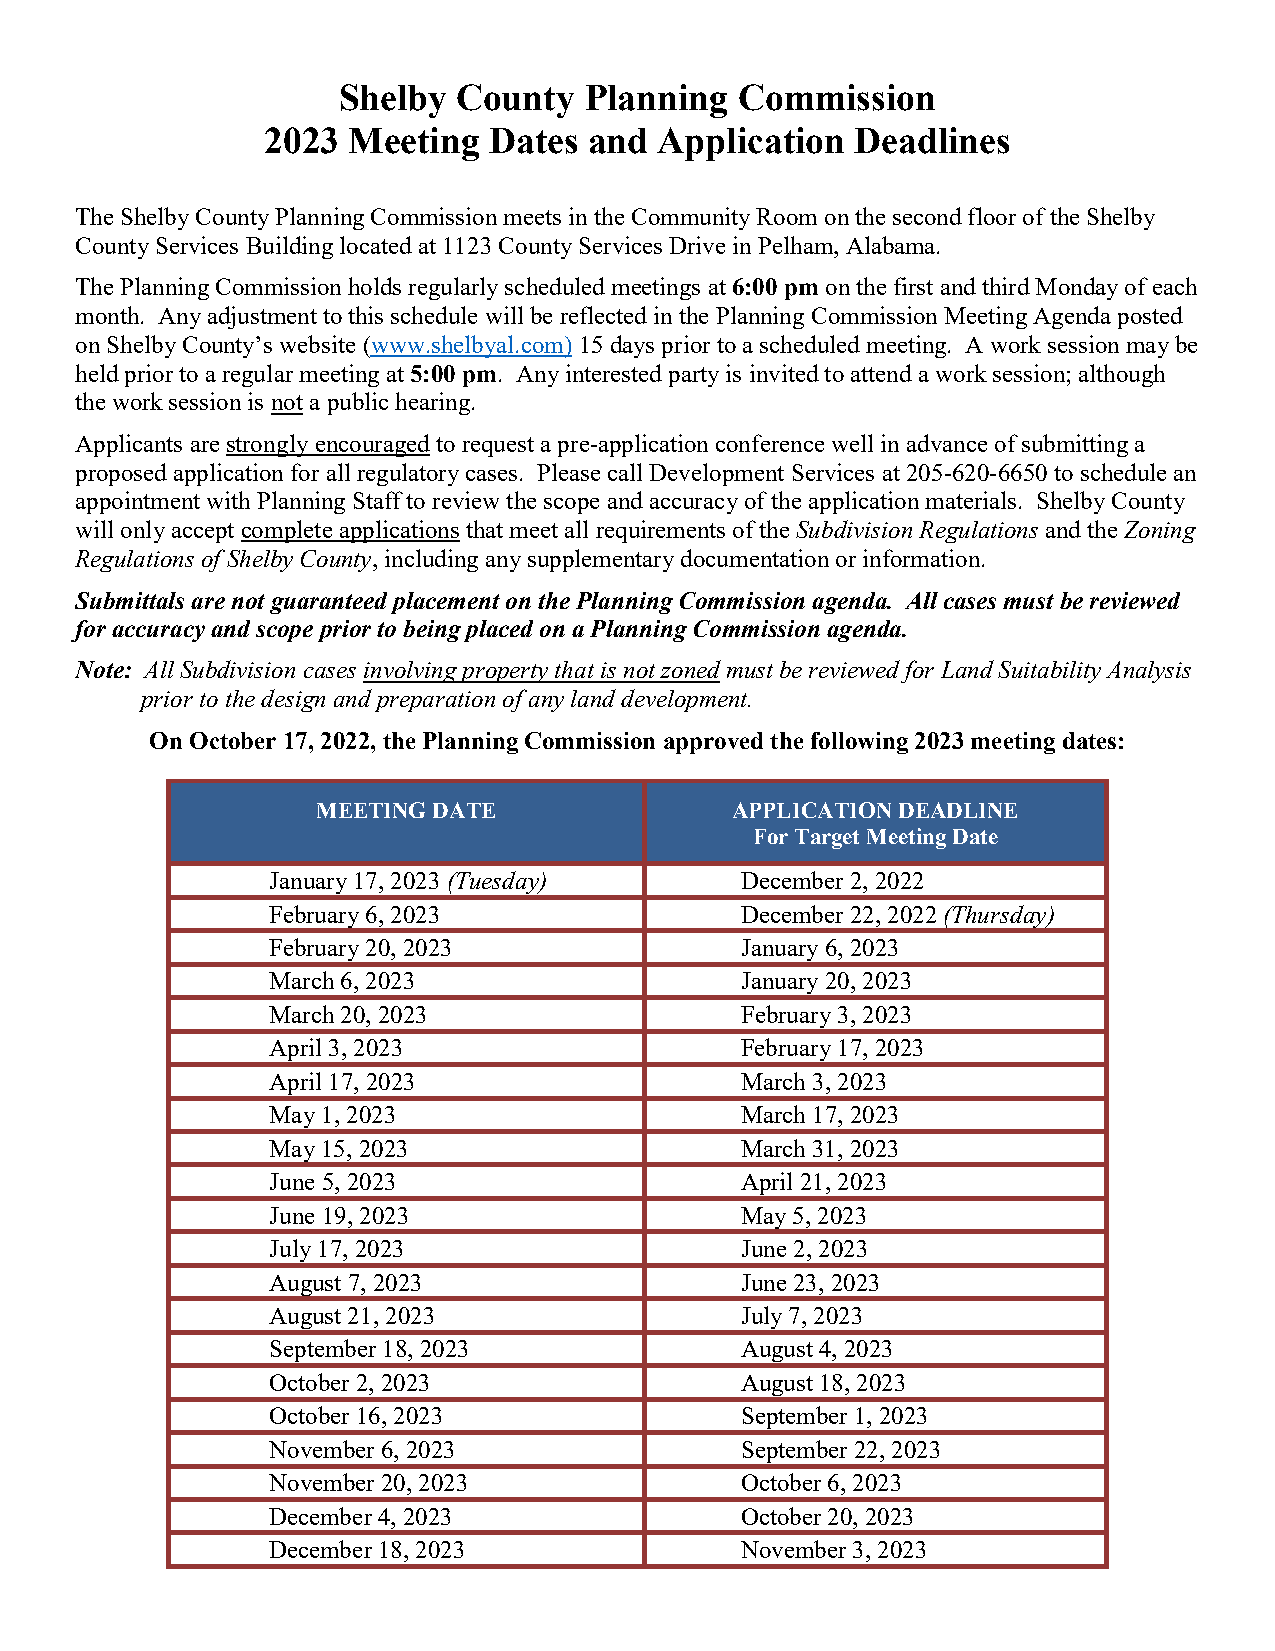
Shelby  County   Planning  Commission
 2023  Meeting  Dates  and  Application  Deadlines
 The Shelby County Planning Commission meets in the Community Room on the second floor of the Shelby
 County Services Building located at 1123 County Services Drive in Pelham, Alabama.
 The Planning Commission holds regularly scheduled meetings at 6:00 pm on the first and third Monday of each
 month. Any adjustment to this schedule will be reflected in the Planning Commission Meeting Agenda posted
 on Shelby County’s website (www.shelbyal.com) 15 days prior to a scheduled meeting. A work session may be
 held prior to a regular meeting at 5:00 pm. Any interested party is invited to attend a work session; although
 the work session is not a public hearing.
 Applicants are strongly encouraged to request a pre-application conference well in advance of submitting a
 proposed application for all regulatory cases. Please call Development Services at 205-620-6650 to schedule an
 appointment with Planning Staff to review the scope and accuracy of the application materials. Shelby County
 will only accept complete applications that meet all requirements of the Subdivision Regulations and the Zoning
 Regulations of Shelby County, including any supplementary documentation or information.
 Submittals are not guaranteed placement on the Planning Commission agenda. All cases must be reviewed
 for accuracy and scope prior to being placed on a Planning Commission agenda.
 Note: All Subdivision cases involving property that is not zoned must be reviewed for Land Suitability Analysis
 prior to the design and preparation of any land development.
 On October 17, 2022, the Planning Commission approved the following 2023 meeting dates:
 MEETING DATE               APPLICATION DEADLINE
 For Target Meeting Date
 January 17, 2023 (Tuesday)     December 2, 2022
 February 6, 2023               December 22, 2022 (Thursday)
 February 20, 2023              January 6, 2023
 March 6, 2023                  January 20, 2023
 March 20, 2023                 February 3, 2023
 April 3, 2023                  February 17, 2023
 April 17, 2023                 March 3, 2023
 May 1, 2023                    March 17, 2023
 May 15, 2023                   March 31, 2023
 June 5, 2023                   April 21, 2023
 June 19, 2023                  May 5, 2023
 July 17, 2023                  June 2, 2023
 August 7, 2023                 June 23, 2023
 August 21, 2023                July 7, 2023
 September 18, 2023             August 4, 2023
 October 2, 2023                August 18, 2023
 October 16, 2023               September 1, 2023
 November 6, 2023               September 22, 2023
 November 20, 2023              October 6, 2023
 December 4, 2023               October 20, 2023
 December 18, 2023              November 3, 2023